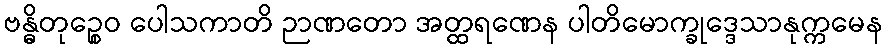
ဗန္ဓိတုဉ္စေဝ ပေါသကာတိ ဉာဏတော အတ္ထရဏေန ပါတိမောက္ခုဒ္ဒေသာနုက္ကမေန